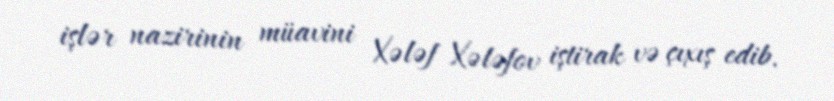
işlər nazirinin müavini Xələf Xələfov iştirak və çıxış edib.